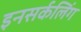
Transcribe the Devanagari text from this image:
इनसर्कलिंग